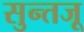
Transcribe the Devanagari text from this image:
सुन्तजू